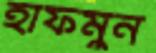
হাফমুন